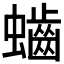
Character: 𪘅